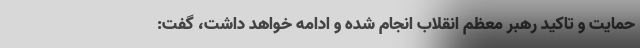
حمایت و تاکید رهبر معظم انقلاب انجام شده و ادامه خواهد داشت، گفت: